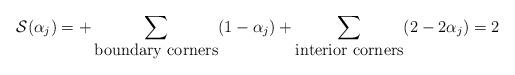
LaTeX: \begin{align*}{\cal S}(\alpha_j) = + \sum_{\hbox{boundary corners}} (1-\alpha_j) +\sum_{\hbox{interior corners}} (2-2\alpha_j) =2\end{align*}